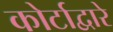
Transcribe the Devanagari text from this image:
कोर्टाद्वारे